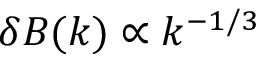
\delta B ( k ) \propto k ^ { - 1 / 3 }